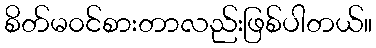
စိတ်မ၀င်စားတာလည်းဖြစ်ပါတယ်။